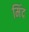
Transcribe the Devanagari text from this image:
मिंद